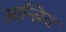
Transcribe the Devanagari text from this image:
आन्त्रिय